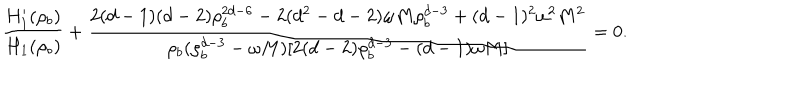
\frac { H _ { 1 } ^ { \prime } ( \rho _ { b } ) } { H _ { 1 } ( \rho _ { b } ) } + \frac { 2 ( d - 1 ) ( d - 2 ) \rho _ { b } ^ { 2 d - 6 } - 2 ( d ^ { 2 } - d - 2 ) \omega M \rho _ { b } ^ { d - 3 } + ( d - 1 ) ^ { 2 } \omega ^ { 2 } M ^ { 2 } } { \rho _ { b } ( \rho _ { b } ^ { d - 3 } - \omega M ) [ 2 ( d - 2 ) \rho _ { b } ^ { d - 3 } - ( d - 1 ) \omega M ] } = 0 .